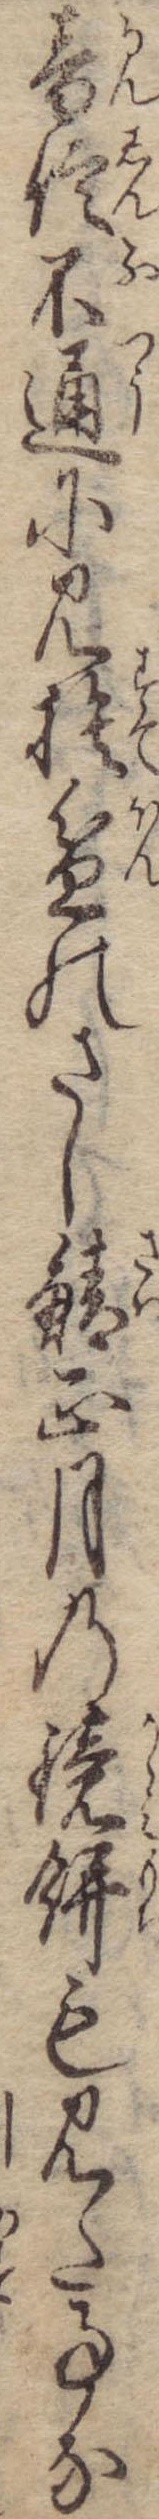
音信不通に見捨盆のさし鯖正月の鏡餅も見た事な